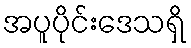
အပူပိုင်းဒေသရှိ